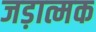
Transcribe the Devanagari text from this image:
जड़ात्मक